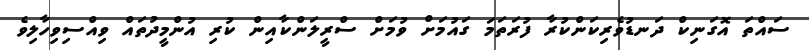
ސައްތަ އޮގަނިކް ދަނޑުވެރިކަންކުރާ ފުރަތަމަ ގައުމަށް ވުމަށް ސްރީލަންކާއިން ކުރި އުންމީދުތައް ވިއްސިވިހާލިވެ